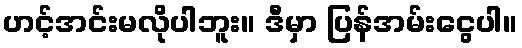
ဟင့်အင်းမလိုပါဘူး။ ဒီမှာ ပြန်အမ်းငွေပါ။